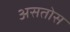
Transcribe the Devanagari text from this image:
असतोस